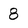
Character: 8